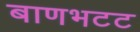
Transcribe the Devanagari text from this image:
बाणभटट